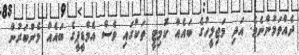
ދެއްވަމުންނެވެ. އަދި މަޖިލީހުގެ ބައެއް ކޮމިޓީ ތަކުގައި ވެސް އެމްޑީޕީގެ ބައެއް މެންބަރުން